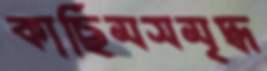
কাছিমসমৃদ্ধ